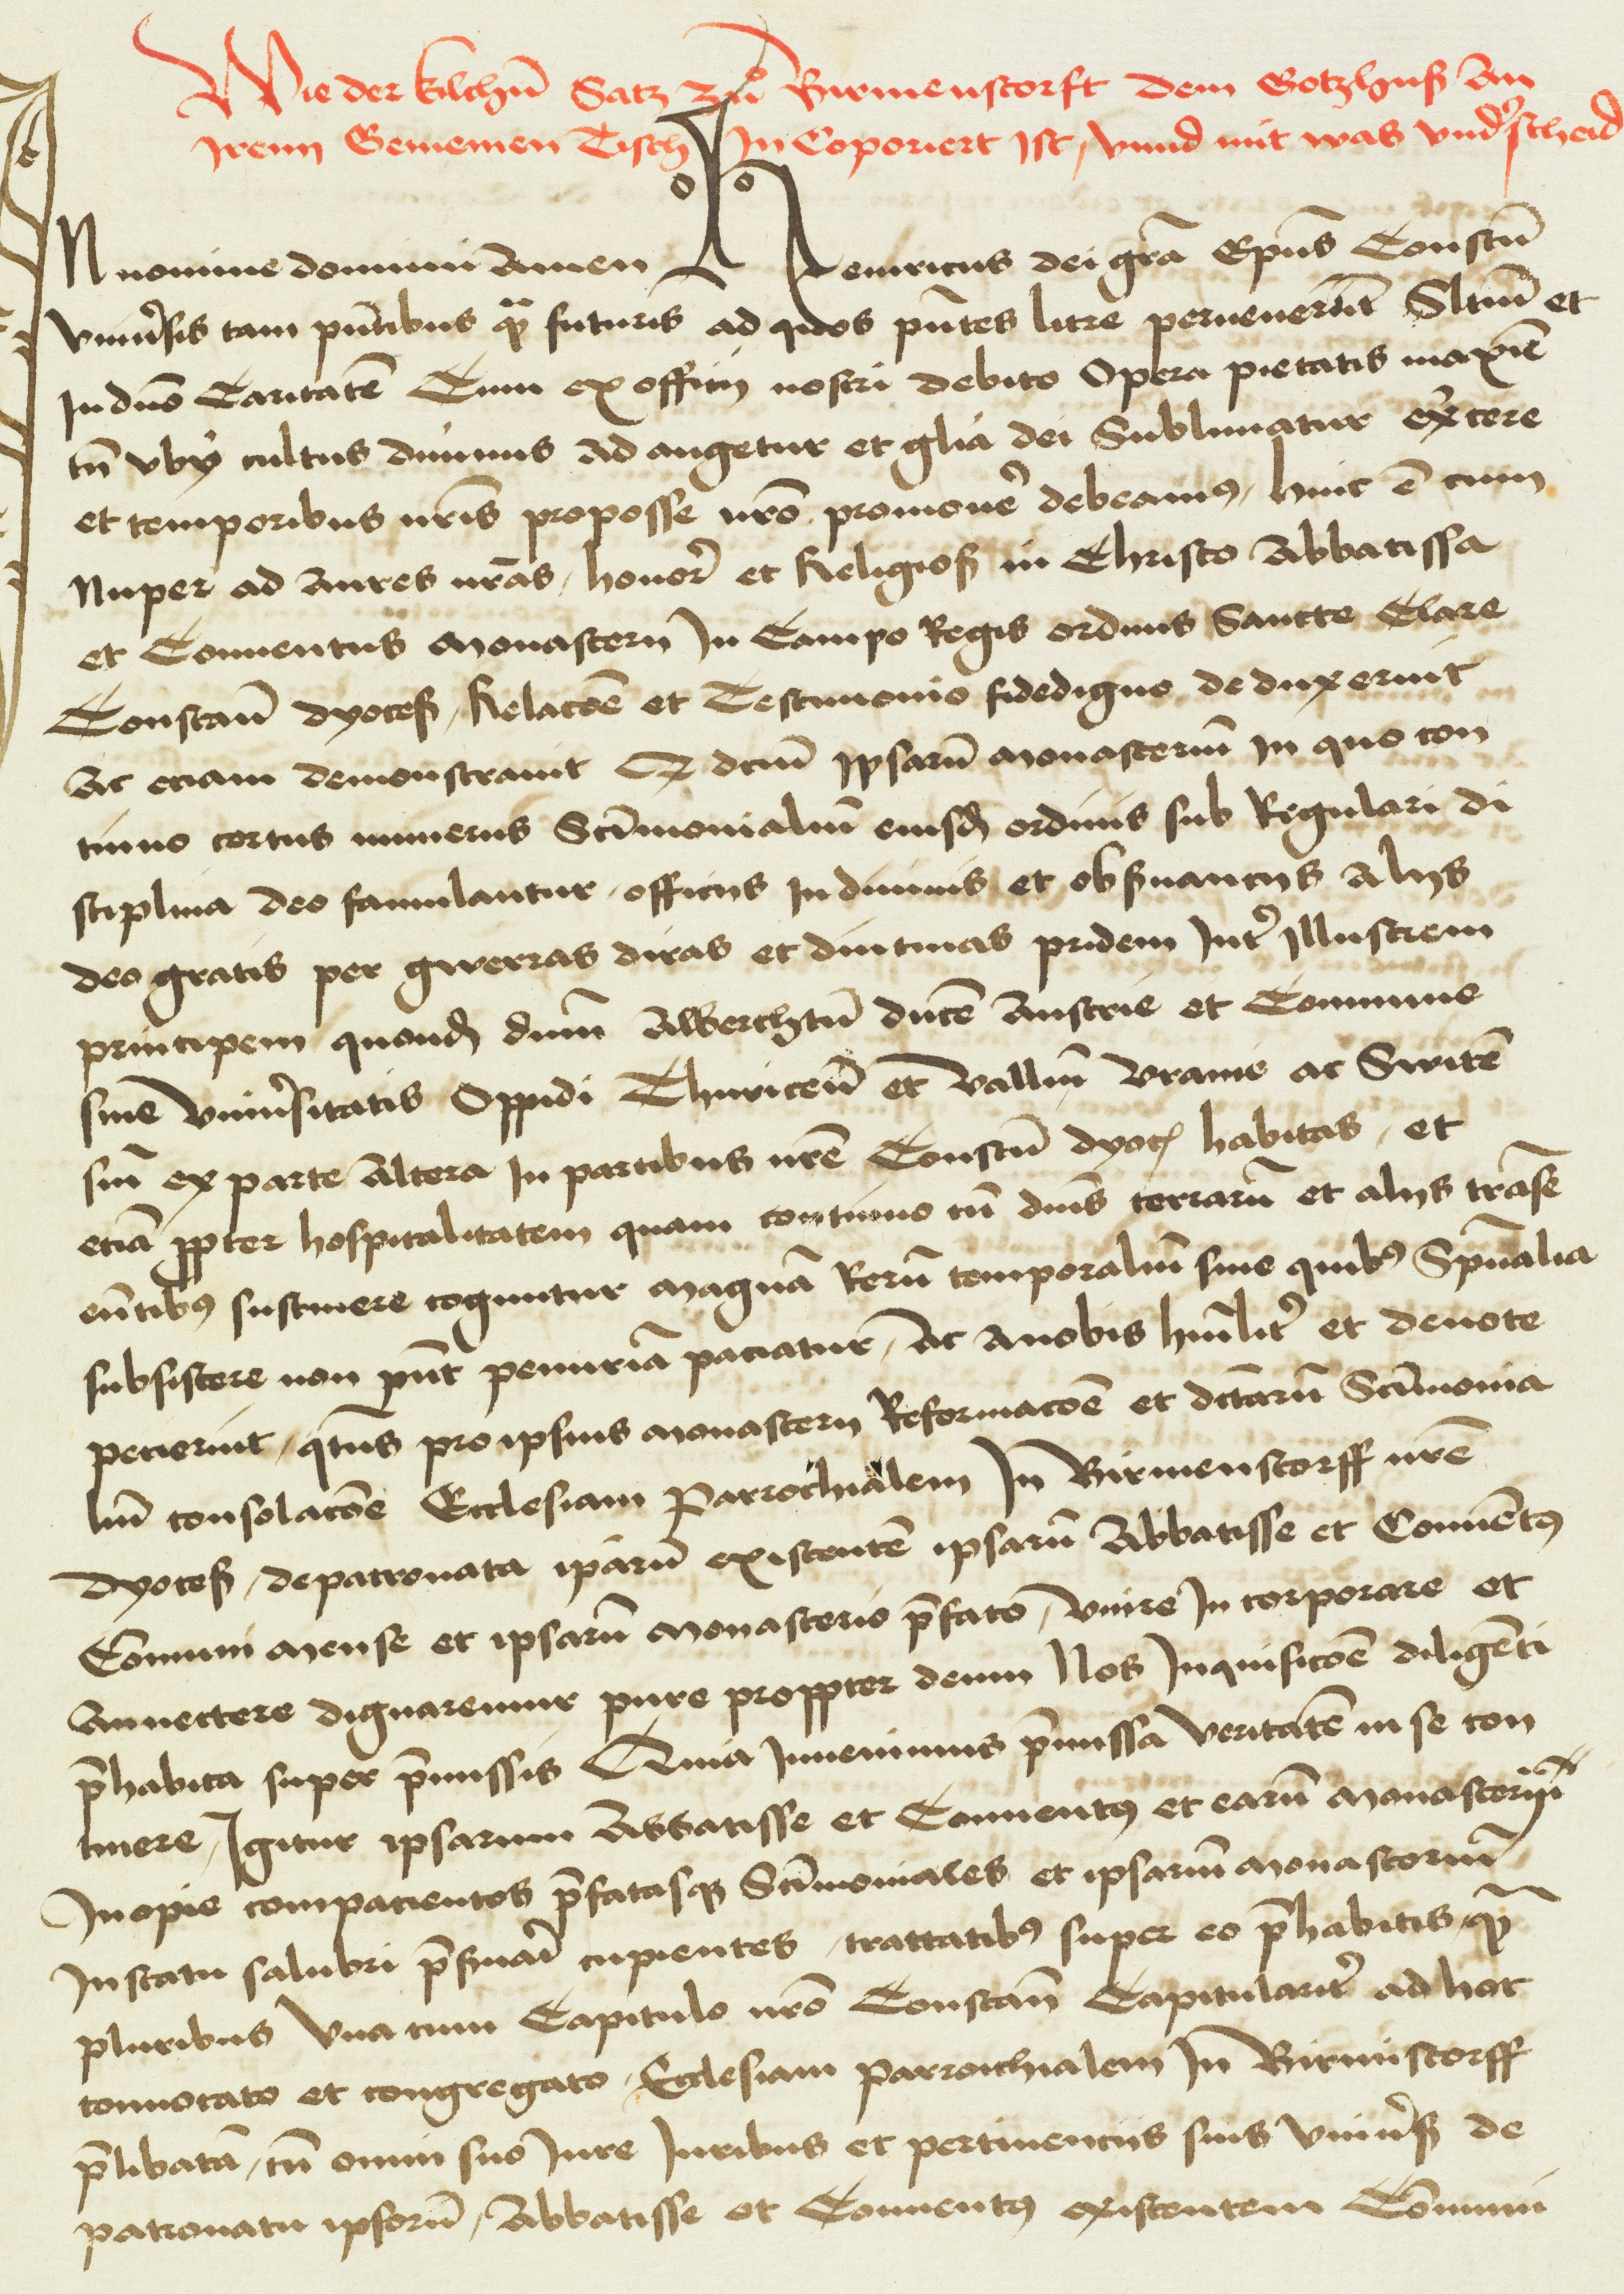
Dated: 1404–1500